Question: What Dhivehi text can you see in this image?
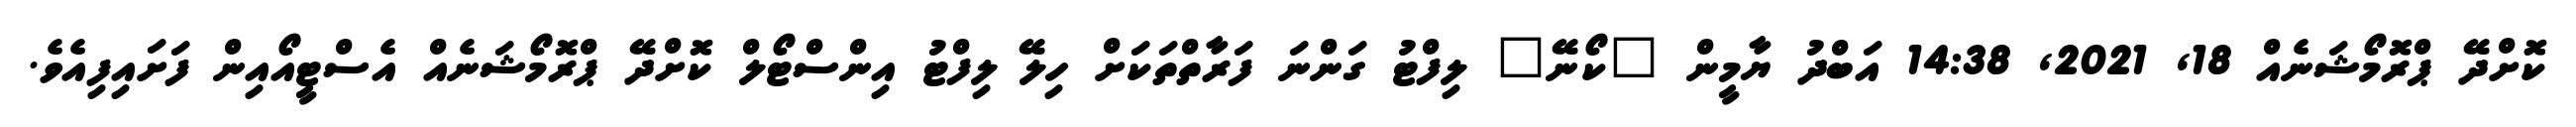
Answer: ކޮށްދޭ ޕްރޮމޯޝަނެއް 18, 2021, 14:38 އަބްދު ޔާމީން "ކޯނޭ" ލިފްޓު ގަންނަ ފަރާތްތަކަށް ހިލޭ ލިފްޓު އިންސްޓޯލް ކޮށްދޭ ޕްރޮމޯޝަނެއް އެސްޓީއޯއިން ފަށައިފިއެވެ.